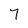
Character: 7